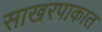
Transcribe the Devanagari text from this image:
साखरपाकात